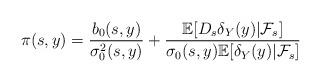
LaTeX: \begin{align*} \pi(s,y)=\frac{b_0(s,y)}{\sigma^2_0(s,y)}+\frac {\mathbb{E}[D_s\delta_Y(y)|\mathcal{F}_s]}{\sigma_0(s,y)\mathbb{E}[\delta_Y(y)|\mathcal{F}_s]}\end{align*}